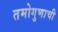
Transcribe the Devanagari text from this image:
तमोगुणाची